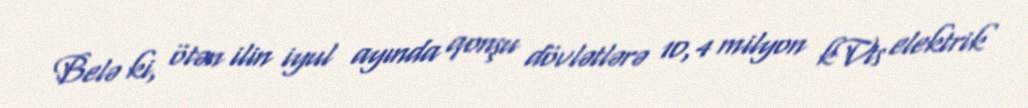
Belə ki, ötən ilin iyul ayında qonşu dövlətlərə 10,4 milyon kVts elektrik